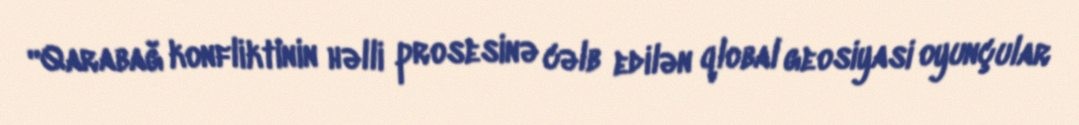
“Qarabağ konfliktinin həlli prosesinə cəlb edilən qlobal geosiyasi oyunçular